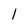
Character: 1